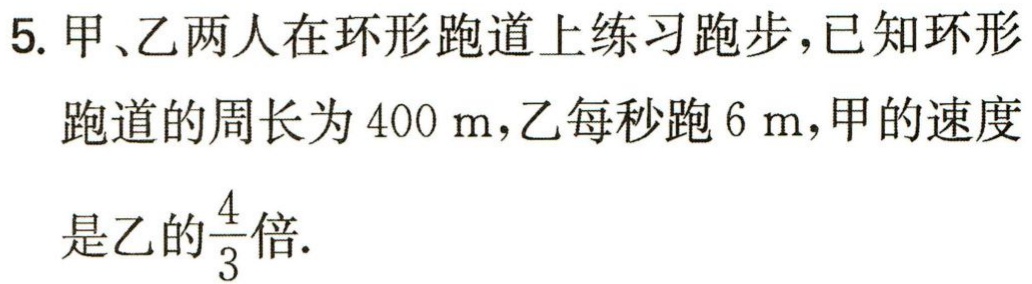
5. 甲、乙两人在环形跑道上练习跑步，已知环形
跑道的周长为\(400\mathrm{m}\)，乙每秒跑\(6\mathrm{m}\)，甲的速度
是乙的\(\frac{4}{3}\)倍.